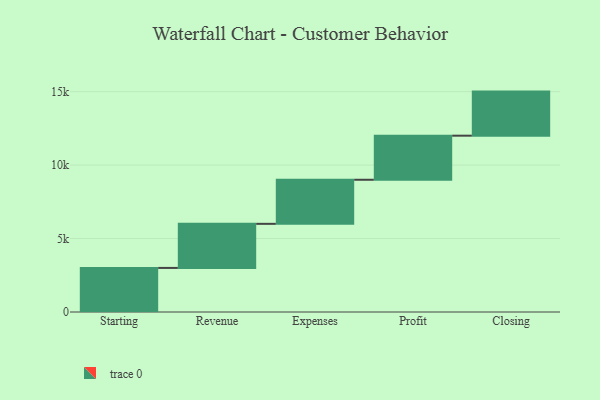
{"axis": {"x": "Step", "y": "Value"}, "legend": [""], "data": [{"x": "Starting", "y": 3000, "type": ""}, {"x": "Revenue", "y": 3000, "type": ""}, {"x": "Expenses", "y": 3000, "type": ""}, {"x": "Profit", "y": 3000, "type": ""}, {"x": "Closing", "y": 3000, "type": ""}]}